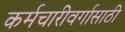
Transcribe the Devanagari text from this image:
कर्मचारीवर्गासाठी